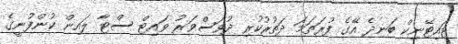
ޓައިޓޭނިކް ބަނދެ އޭގެ ފުރަތަމަ ދަތުރުކުރި ދުވަސްވަރު ވައިޓް ސްޓާ ލައިން ކުންފުނީގެ